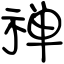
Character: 禅